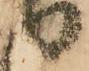
り